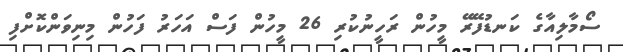
ސޯމާލިއާގެ ކަނޑުފޭރޭ މީހުން ރަހީނުކުރި 26 މީހުން ފަސް އަހަރު ފަހުން މިނިވަންކޮށްފި